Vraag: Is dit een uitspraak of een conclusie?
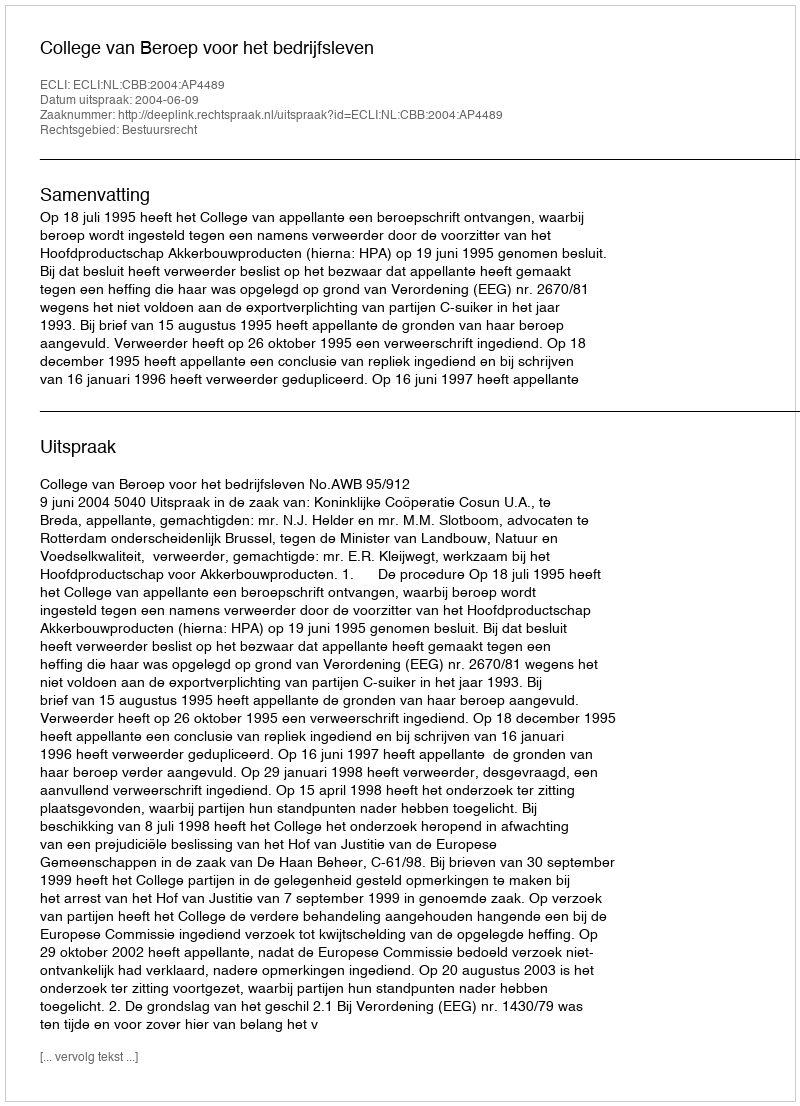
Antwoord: Uitspraak